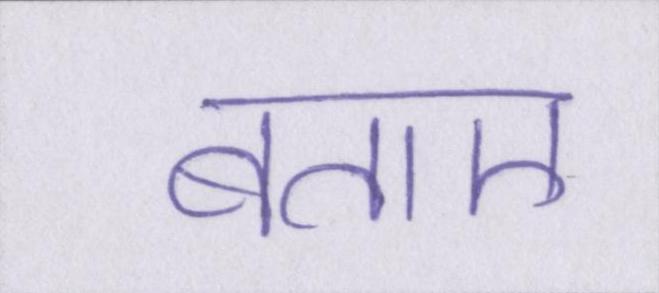
बताए